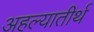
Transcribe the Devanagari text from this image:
अहल्यातीर्थ